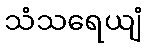
သံသရေယျံ